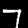
Digit: 7